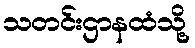
သတင်းဌာနထံသို့